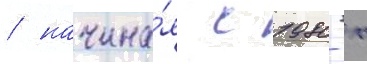
/ начина́я с 1980-х